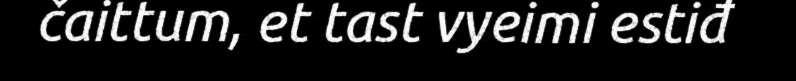
čaittum, et tast vyeimi estiđ